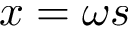
x = \omega s